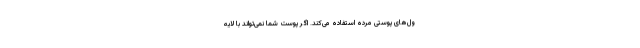
ول‌های پوستی مرده استفاده می‌کند. اگر پوست شما نمی‌تواند با لایه‌